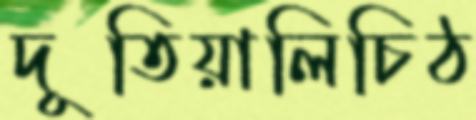
দূতিয়ালিচিঠ